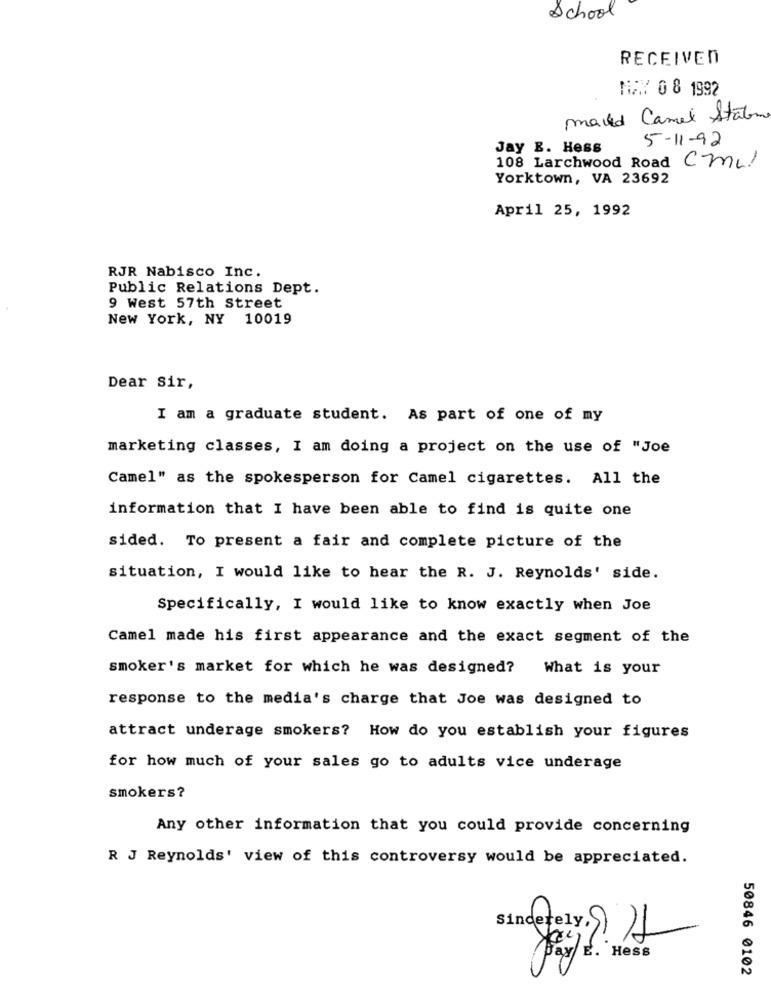
School
RECEIVED
MAWY G 8 1992
maid Camel Statome
5-11-92
Jay B. Hess
108 Larchwood Road CML!
Yorktown, VA 23692
April 25, 1992
RJR Nabisco Inc.
Public Relations Dept.
9 West 57th Street
New York, NY 10019
Dear sir,
I am a graduate student. As part of one of my
marketing classes, I am doing a project on the use of "Joe
Camel" as the spokesperson for Camel cigarettes. All the
information that I have been able to find is quite one
sided. To present a fair and complete picture of the
situation, I would like to hear the R. J. Reynolds' side.
Specifically, I would like to know exactly when Joe
Camel made his first appearance and the exact segment of the
smoker's market for which he was designed?
What is your
response to the media's charge that Joe was designed to
attract underage smokers? How do you establish your figures
for how much of your sales go to adults vice underage
smokers?
Any other information that you could provide concerning
R J Reynolds' view of this controversy would be appreciated.
C
50846 0102